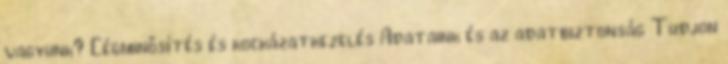
vagyunk? Cégminősítés és kockázatkezelés Adataink és az adatbiztonság Tudjon